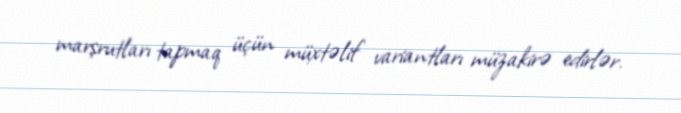
marşrutları tapmaq üçün müxtəlif variantları müzakirə edirlər.